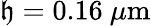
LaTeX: \mathfrak{h}=0.16~\mu\textrm{{m}}